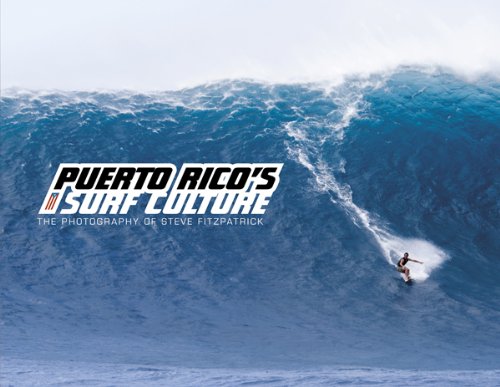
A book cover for Puerto Rico's Surf Culture: The Photography of Steve Fitzpatrick (English and Spanish Edition); Steve Fitzpatrick; Travel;